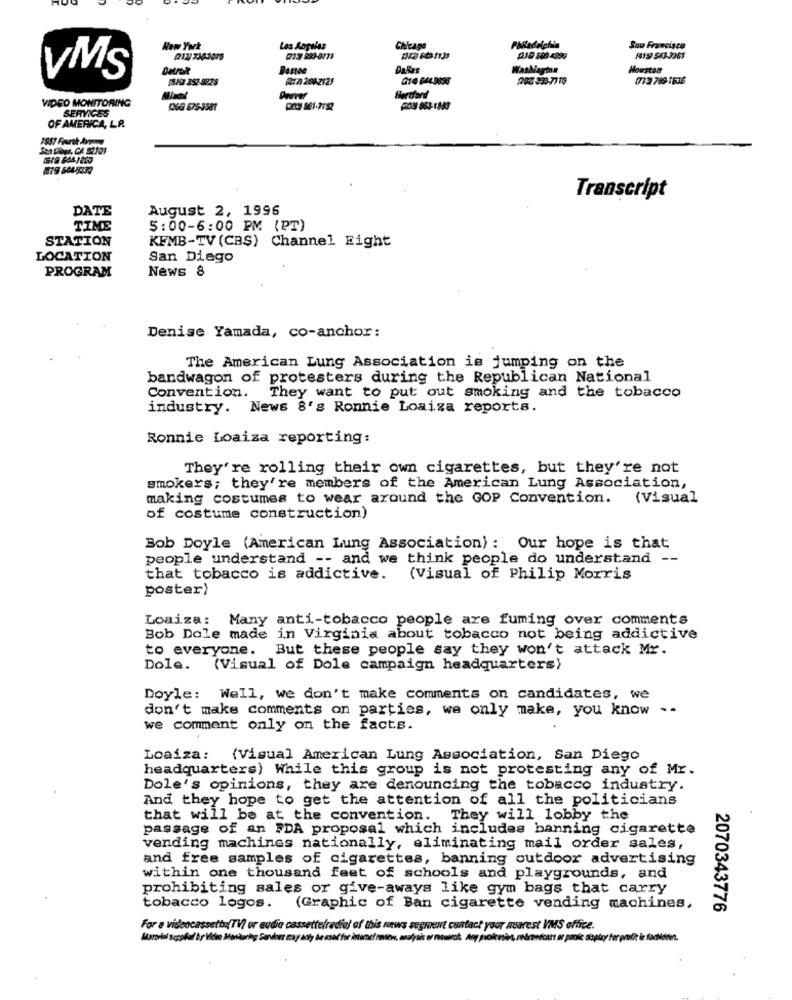
New York
Los Angeles
Chicago
Sou Francisco
Bases
Dallas
WasMagtan
Houston
VMS
18Ga 352-9228
/72042121
G14 644.9895
202 333-77 10
713 749-1536
VIDEO MONITORING
Mical
Dover
Bertfard
(6G 675-3581
SERVICES
OF AMERICA, LP.
Transcript
DATE
August 2, 1996
TIME
5:00-6:00 PM (PT)
STATION
KFMB-TV (CBS) Channel Fight
LOCATION
San Diego
News 8
PROGRAM
Denise Yamada, co-anchor:
The American Lung Association is jumping on the
bandwagon of protesters during the Republican National
They want to put out smoking and the tobacco
Convention.
industry. News 8's Ronnie Loaiza reports.
Ronnie Loaiza reporting:
They're rolling their own cigarettes, but they're not
smokers; they're members of the American Lung Association,
making costumes to wear around the GOP Convention.
(Visual
of costume construction)
Bob Doyle (American Lung Association): Our hope is that
people understand -- and we think people do understand --
that tobacco is addictive. (Visual of Philip Morris
poster)
Loaiza: Many anti-tobacco people are fuming over comments
Bob Dole made in Virginia about tobacco not being addictive
to everyone. But these people say they won't attack Mr.
Dole.
(Visual of Dole campaign headquarters)
Doyle: Well, we don't make comments on candidates, we
don't make comments on parties, we only make, you know --
we comment only on the facts.
Loaiza: (Visual American Lung Association, San Diego
headquarters) While this group is not protesting any of Mr.
Dole's opinions, they are denouncing the tobacco industry.
And they hope to get the attention of all the politicians
that will be at the convention. They will lobby the
passage of an FDA proposal which includes banning cigarette
vending machines nationally, eliminating mail order sales,
and free samples of cigarettes, banning outdoor advertising
within one thousand feet of schools and playgrounds, and
prohibiting sales or give-aways like gym bags that carry
tobacco logos. (Graphic of Ban cigarette vending machines,
2070343776
For a videocassetta(TV or audio cassettefradia) of this news segment contact your nearest VMS office.